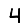
Digit: 4